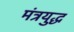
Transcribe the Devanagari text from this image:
मंत्रयुद्ध